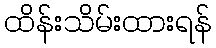
ထိန်းသိမ်းထားရန်